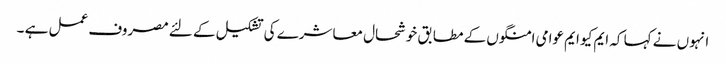
انہوں نے کہا کہ ایم کیو ایم عوامی امنگوں کے مطابق خوشحال معاشرے کی تشکیل کے لئے مصروف عمل ہے ۔